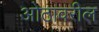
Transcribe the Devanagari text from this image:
ओठावरील